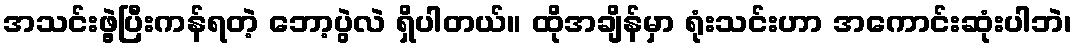
အသင်းဖွဲ့ပြီးကန်ရတဲ့ ဘော့ပွဲလဲ ရှိပါတယ်။ ထိုအချိန်မှာ ရုံးသင်းဟာ အကောင်းဆုံးပါဘဲ၊